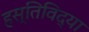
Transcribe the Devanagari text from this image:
हस्तिविद्या